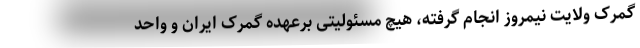
گمرک ولایت نیمروز انجام گرفته، هیچ مسئولیتی برعهده گمرک ایران و واحد